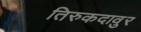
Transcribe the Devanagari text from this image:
तिरुकदावुर